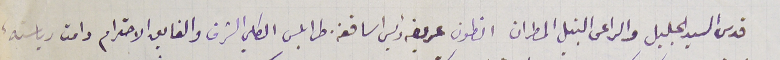
قدس السيد الجليل والراعى النبيل المطران انطون عريضه رئيس اساقفة طرابلس الكلي الشرف والفايق الاحترام دامت رباسته،